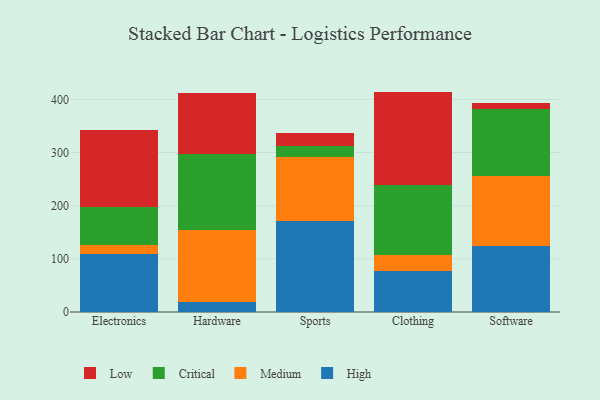
{"axis": {"x": "Category", "y": "Production Output"}, "legend": ["Critical", "High", "Low", "Medium"], "data": [{"x": "Electronics", "y": 108.8, "type": "High"}, {"x": "Electronics", "y": 17.2, "type": "Medium"}, {"x": "Electronics", "y": 71.2, "type": "Critical"}, {"x": "Electronics", "y": 144.4, "type": "Low"}, {"x": "Hardware", "y": 19.3, "type": "High"}, {"x": "Hardware", "y": 134.9, "type": "Medium"}, {"x": "Hardware", "y": 143.6, "type": "Critical"}, {"x": "Hardware", "y": 114.5, "type": "Low"}, {"x": "Sports", "y": 172.1, "type": "High"}, {"x": "Sports", "y": 119.6, "type": "Medium"}, {"x": "Sports", "y": 20.2, "type": "Critical"}, {"x": "Sports", "y": 24.0, "type": "Low"}, {"x": "Clothing", "y": 77.8, "type": "High"}, {"x": "Clothing", "y": 29.4, "type": "Medium"}, {"x": "Clothing", "y": 131.6, "type": "Critical"}, {"x": "Clothing", "y": 175.8, "type": "Low"}, {"x": "Software", "y": 123.4, "type": "High"}, {"x": "Software", "y": 131.7, "type": "Medium"}, {"x": "Software", "y": 126.0, "type": "Critical"}, {"x": "Software", "y": 12.5, "type": "Low"}]}